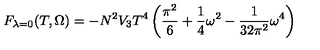
F _ { \lambda = 0 } ( T , \Omega ) = - N ^ { 2 } V _ { 3 } T ^ { 4 } \left( \frac { \pi ^ { 2 } } { 6 } + \frac { 1 } { 4 } \omega ^ { 2 } - \frac { 1 } { 3 2 \pi ^ { 2 } } \omega ^ { 4 } \right)